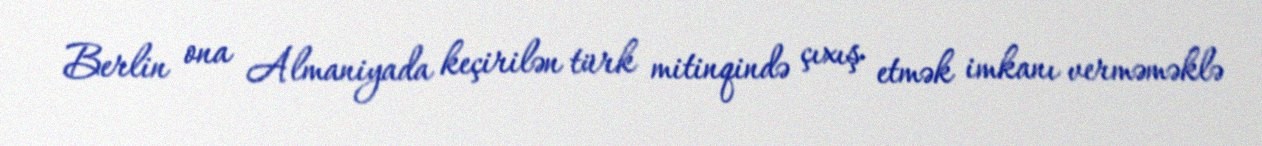
Berlin ona Almaniyada keçirilən türk mitinqində çıxış etmək imkanı verməməklə